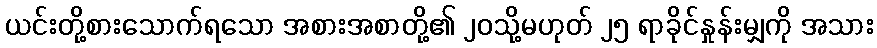
ယင်းတို့စားသောက်ရသော အစားအစာတို့၏ ၂၀သို့မဟုတ် ၂၅ ရာခိုင်နှုန်းမျှကို အသား